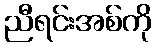
ညီရင်းအစ်ကို